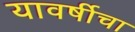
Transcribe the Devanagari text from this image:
यावर्षीचा